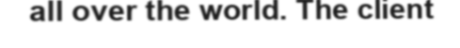
all over the world. The client